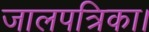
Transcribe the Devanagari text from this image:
जालपत्रिका।